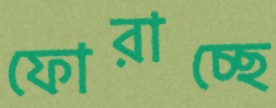
ফোরাচ্ছে